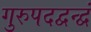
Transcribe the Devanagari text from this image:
गुरुपदद्वन्द्वं